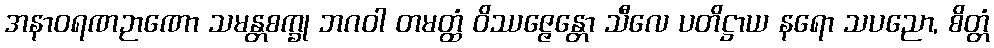
အနာဝရဏဉာဏော သမန္တစက္ခု ဘဂဝါ တမတ္ထံ ဝိဿဇ္ဇေန္တော သီလေ ပတိဋ္ဌာယ နရော သပညော, စိတ္တံ